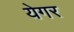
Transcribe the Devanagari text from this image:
येगर